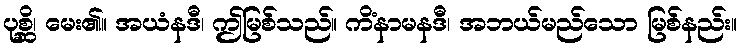
ပုစ္ဆိ၊ မေး၏။ အယံနဒီ၊ ဤမြစ်သည်။ ကိံနာမနဒီ၊ အဘယ်မည်သော မြစ်နည်း။